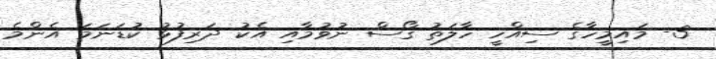
3- މައިމީހާގެ ސިއްހީ ހާލަތު ގޯސް ނުވުމާއި އެކު ދަރިފުޅު ކުޑަނަމަ އެންމެ